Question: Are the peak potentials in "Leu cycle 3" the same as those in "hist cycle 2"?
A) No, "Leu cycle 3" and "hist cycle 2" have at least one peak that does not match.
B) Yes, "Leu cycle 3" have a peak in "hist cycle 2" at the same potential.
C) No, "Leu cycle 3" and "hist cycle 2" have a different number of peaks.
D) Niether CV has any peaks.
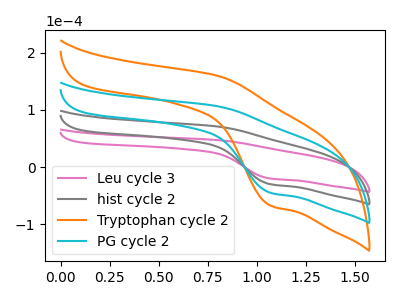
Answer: <think>The pink curve "Leu cycle 3" has an anodic peak at (0.80V, 47.30uA) and a cathodic peak at (1.05V, -19.85uA). The gray curve "hist cycle 2" has an anodic peak at (0.80V, 70.90uA) and a cathodic peak at (1.05V, -29.80uA). The orange curve "Tryptophan cycle 2" has an anodic peak at (0.80V, 212.75uA) and a cathodic peak at (1.05V, -89.40uA). The cyan curve "PG cycle 2" has an anodic peak at (0.80V, 141.85uA) and a cathodic peak at (1.05V, -59.60uA).</think>
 <answer>B) Yes, "Leu cycle 3" have a peak in "hist cycle 2" at the same potential.</answer>
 <eval>B</eval>